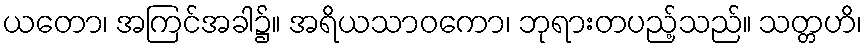
ယတော၊ အကြင်အခါ၌။ အရိယသာဝကော၊ ဘုရားတပည့်သည်။ သတ္တဟိ၊